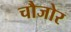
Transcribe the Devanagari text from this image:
चौजोर